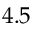
4 . 5